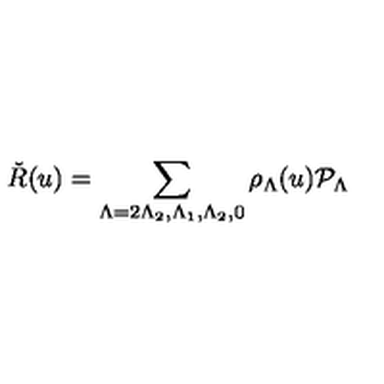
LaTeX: \check { R } ( u ) = \sum _ { \Lambda = 2 \Lambda _ { 2 } , \Lambda _ { 1 } , \Lambda _ { 2 } , 0 } \rho _ { \Lambda } ( u ) { \cal P } _ { \Lambda }